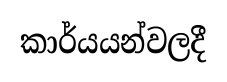
කාර්යයන්වලදී